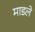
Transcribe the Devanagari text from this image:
माडले